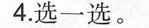
4.选一选。